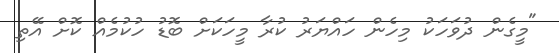
"މީގެން ދުވަހަކު މިހެން ހައްޔަރު ކުރާ މީހަކަށް ބޮޑު ހުކުމެއް ކޮށް އޭތި